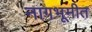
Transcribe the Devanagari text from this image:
नागभूमीत